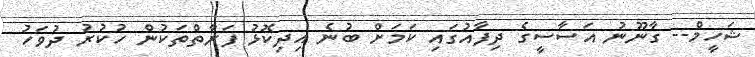
ޝަހީމް-- ގާނޫނު އަސާސީގެ ދިފާއުގައި ކަމަށް ބުނެ އިދިކޮޅު ފަރާތްތަކުން ހުކުރު ދުވަހު